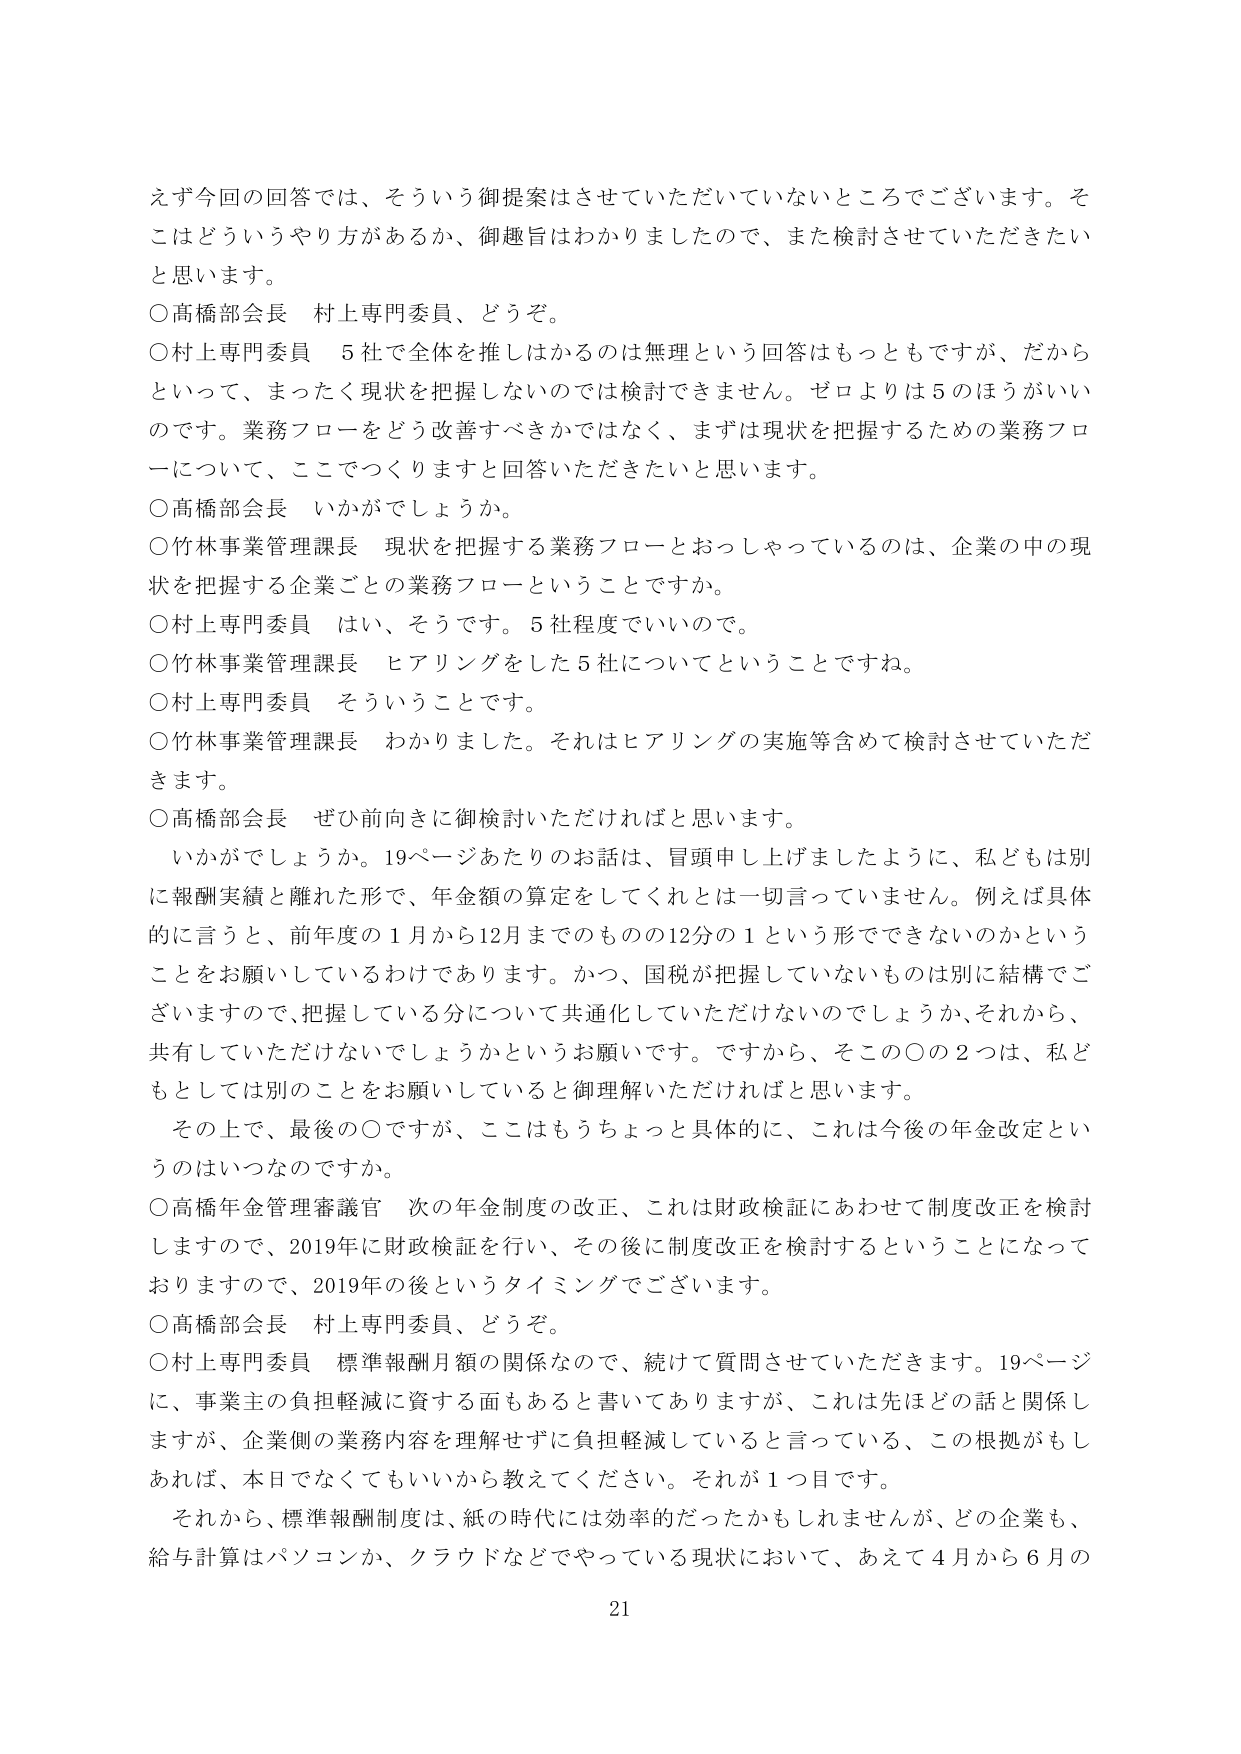
えず今回の回答では、そういう御提案はさせていただいていないところでございます。そこはどういうやり方があるか、御趣旨はわかりましたので、また検討させていただきたいと思います。

○高橋部会長　村上専門委員、どうぞ。

○村上専門委員　5社で全体を推しはかるのは無理という回答はもっともですが、だからといって、まったく現状を把握しないのでは検討できません。ゼロよりは5のほうがいいのです。業務フローをどう改善すべきかではなく、まずは現状を把握するための業務フローについて、ここでつくりますと回答いただきたいと思います。

○高橋部会長　いかがでしょうか。

○竹林事業管理課長　現状を把握する業務フローとおっしゃっているのは、企業の中の現状を把握する企業ごとの業務フローということですか。

○村上専門委員　はい、そうです。5社程度でいいので。

○竹林事業管理課長　ヒアリングをした5社についてということですね。

○村上専門委員　そういうことです。

○竹林事業管理課長　わかりました。それはヒアリングの実施等含めて検討させていただきます。

○高橋部会長　ぜひ前向きに御検討いただければと思います。

　いかがでしょうか。19ページあたりのお話は、冒頭申し上げましたように、私どもは別に報酬実績と離れた形で、年金額の算定をしてくれとは一切言っていません。例えば具体的に言うと、前年度の1月から12月までのものの12分の1という形でできないのかということをお願いしているわけであります。かつ、国税が把握していないものは別に結構でございますので、把握している分について共通化していただけないでしょうか、それから、共有していただけないでしょうかというお願いです。ですから、そこの○の2つは、私どもとしては別のことをお願いしていると御理解いただければと思います。

　その上で、最後の○ですが、ここはもうちょっと具体的に、これは今後の年金改定というのはいつなのですか。

○高橋年金管理審議官　次の年金制度の改正、これは財政検証にあわせて制度改正を検討しますので、2019年に財政検証を行い、その後に制度改正を検討するということになっておりますので、2019年の後というタイミングでございます。

○高橋部会長　村上専門委員、どうぞ。

○村上専門委員　標準報酬月額の関係なので、続けて質問させていただきます。19ページに、事業主の負担軽減に資する面もあると書いてありますが、これは先ほどの話と関係しますが、企業側の業務内容を理解せずに負担軽減していると言っている、この根拠がもしあれば、本日でなくてもいいから教えてください。それが1目です。

　それから、標準報酬制度は、紙の時代には効率的だったかもしれませんが、どの企業も、給与計算はパソコンか、クラウドなどでやっている現状において、あえて4月から6月の

21